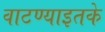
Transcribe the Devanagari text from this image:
वाटण्याइतके